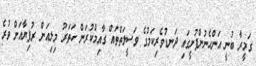
ގަމީރާ ބުނީ އަންހެނުންފުށީގައި ދަނޑުވެރިކަމުގެ ވަސީލަތްތައް ގާއިމްކުރަން ހަތަރު މިލިއަން ރުފިޔާއަށް ވުރެ